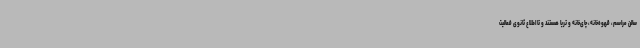
سالن مراسم، قهوه‌خانه، چای‌خانه و تریا هستند و تا اطلاع ثانوی فعالیت